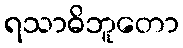
ရသာဓိဘူတော